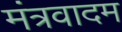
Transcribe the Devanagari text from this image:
मंत्रवादम